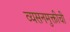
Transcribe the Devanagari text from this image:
व्यसनमुक्तीची